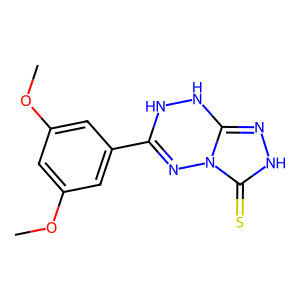
SMILES: COc1cc(OC)cc(C2=Nn3c(n[nH]c3=S)NN2)c1
Inhibits HIV replication: No